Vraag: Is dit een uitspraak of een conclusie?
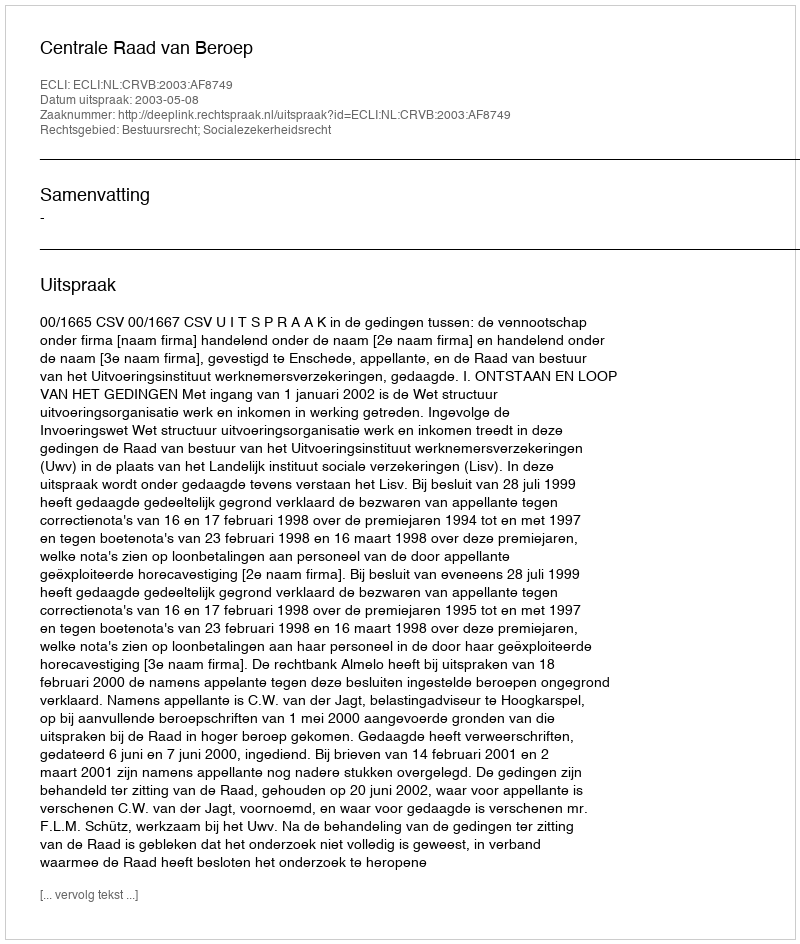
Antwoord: Uitspraak